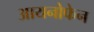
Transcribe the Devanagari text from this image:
आयनोफेन